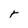
Character: r